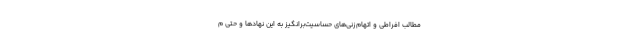
مطالب افراطی و اتهام‌زنی‌های حساسیت‌برانگیز به این نهادها و حتی م